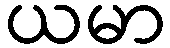
ယမာ